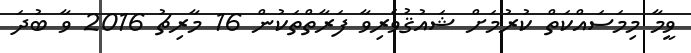
ވީމާ މިމަސައްކަތް ކުރުމަށް ޝައުޤުވެރިވާ ފަރާތްތަކުން 16 މާރިޗު 2016 ވާ ބުދަ